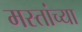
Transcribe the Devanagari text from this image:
मस्तांच्या